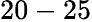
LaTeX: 20-25